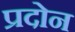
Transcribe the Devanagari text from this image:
प्रदोन